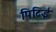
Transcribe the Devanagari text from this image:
पिटिई